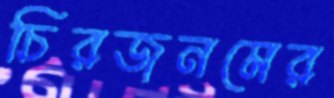
চিরজনমের